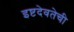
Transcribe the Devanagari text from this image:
इष्टदेवतेची